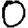
Digit: 0